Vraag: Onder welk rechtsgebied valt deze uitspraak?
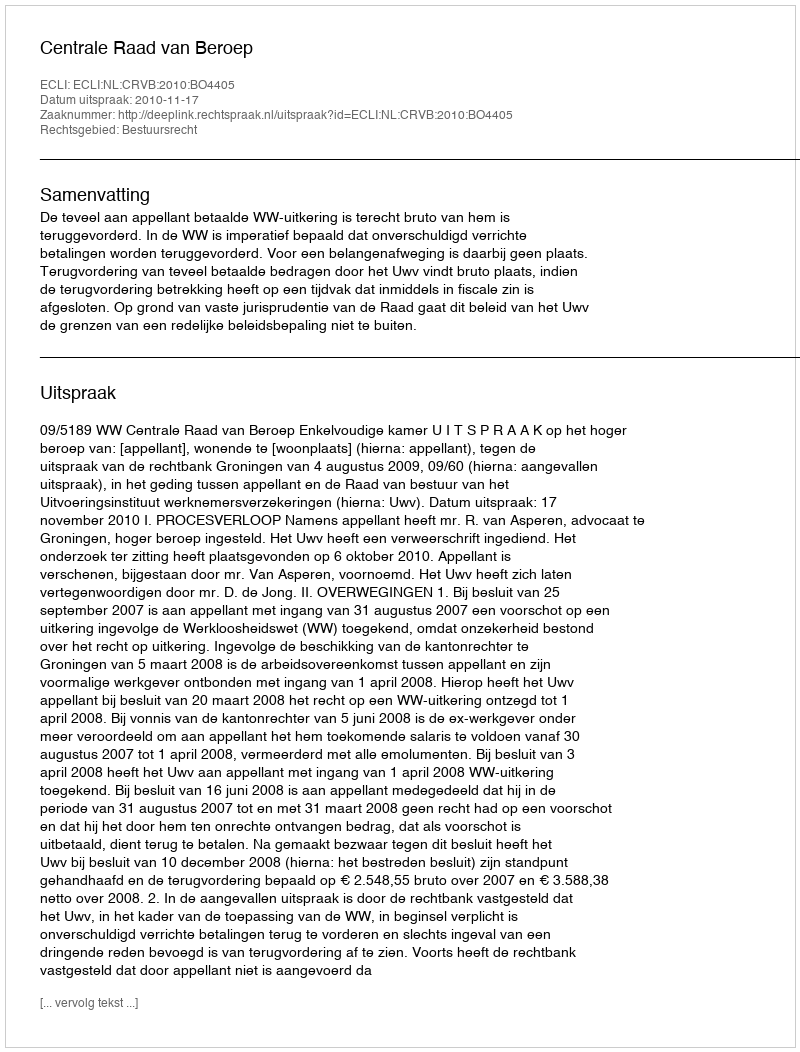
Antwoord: Bestuursrecht